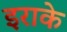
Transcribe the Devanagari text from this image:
इराके